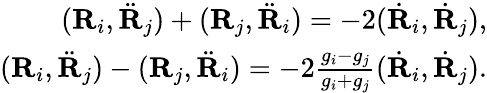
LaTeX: \begin{array}{r}{({\mathbf R}_{i},\ddot{\mathbf R}_{j})+({\mathbf R}_{j},\ddot{\mathbf R}_{i})=-2(\dot{\mathbf R}_{i},\dot{\mathbf R}_{j}),}\\ {({\mathbf R}_{i},\ddot{\mathbf R}_{j})-({\mathbf R}_{j},\ddot{\mathbf R}_{i})=-2\frac{g_{i}-g_{j}}{g_{i}+g_{j}}(\dot{\mathbf R}_{i},\dot{\mathbf R}_{j}).}\end{array}